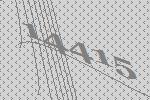
14415